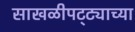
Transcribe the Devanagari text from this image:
साखळीपट्ट्याच्या